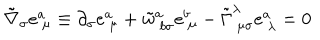
LaTeX: \tilde { \nabla } _ { \sigma } e _ { ~ \mu } ^ { a } \equiv \partial _ { \sigma } e _ { ~ \mu } ^ { a } + \tilde { w } _ { ~ b \sigma } ^ { a } e _ { ~ \mu } ^ { b } - \tilde { \Gamma } _ { ~ \mu \sigma } ^ { \lambda } e _ { ~ \lambda } ^ { a } = 0